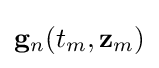
\mathbf {g} _{n}(t_{m},\mathbf {z} _{m})